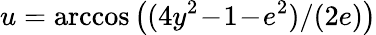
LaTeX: u=\operatorname{arccos}\big((4y^{2}\! -\! 1\! -\! e^{2})/(2e)\big)